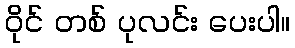
ဝိုင် တစ် ပုလင်း ပေးပါ။